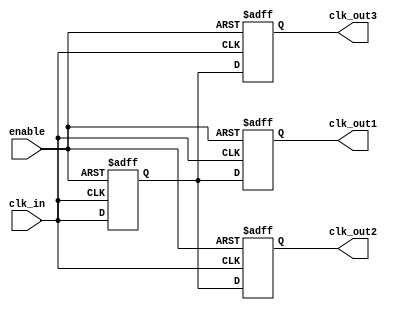
module basic_clock_buffer (
    input wire clk_in,        // Input clock signal
    input wire enable,        // Enable signal
    output reg clk_out1,      // First output clock signal
    output reg clk_out2,      // Second output clock signal
    output reg clk_out3       // Third output clock signal
);

// Parameters for propagation delay (in time units)
parameter PROP_DELAY = 1; // Adjust as necessary for your application

// Internal signal for clock propagation
reg clk_int;

// Clock buffer logic
always @(posedge clk_in or negedge enable) begin
    if (!enable) begin
        clk_int <= 1'b0; // Disable clock output
        clk_out1 <= 1'b0;
        clk_out2 <= 1'b0;
        clk_out3 <= 1'b0;
    end else begin
        // Propagation delay simulation
        #PROP_DELAY;
        clk_int <= clk_in; // Buffer the clock signal
        clk_out1 <= clk_int; // Drive output 1
        clk_out2 <= clk_int; // Drive output 2
        clk_out3 <= clk_int; // Drive output 3
    end
end

endmodule